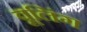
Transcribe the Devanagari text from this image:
वूलिंग